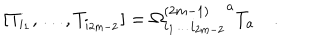
[ T _ { i _ { 1 } } , \dots , T _ { i _ { 2 m - 2 } } ] = { \Omega _ { i _ { 1 } \ldots i _ { 2 m - 2 } } ^ { ( 2 m - 1 ) } } ^ { a } T _ { a } \quad .